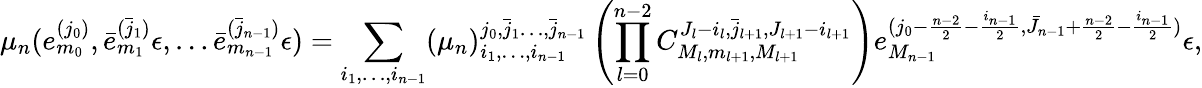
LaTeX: \mu_{n}(e_{m_{0}}^{(j_{0})},\bar{e}_{m_{1}}^{(\bar{j}_{1})}\epsilon,\dots\bar{e}_{m_{n-1}}^{(\bar{j}_{n-1})}\epsilon)=\sum_{i_{1},\dots,i_{n-1}}(\mu_{n})_{i_{1},\dots,i_{n-1}}^{j_{0},\bar{j}_{1}\dots,\bar{j}_{n-1}}\left(\prod_{l=0}^{n-2}C_{M_{l},m_{l+1},M_{l+1}}^{J_{l}-i_{l},\bar{j}_{l+1},J_{l+1}-i_{l+1}}\right)e_{M_{n-1}}^{(j_{0}-\frac{n-2}{2}-\frac{i_{n-1}}{2},\bar{J}_{n-1}+\frac{n-2}{2}-\frac{i_{n-1}}{2})}\epsilon,